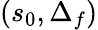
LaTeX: (s_{0},\Delta_{f})